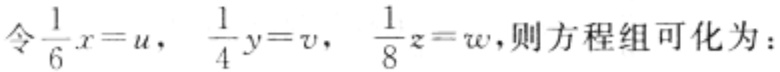
令$\frac{1}{6}x = u$，$\frac{1}{4}y = v$，$\frac{1}{8}z = w$，则方程组可化为：